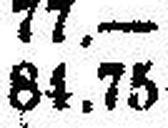
84.75